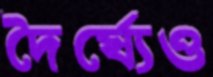
দৈর্ঘ্যেও